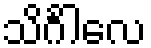
သိင်္ဂါလေ